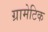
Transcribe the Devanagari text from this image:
ग्रामेटिक